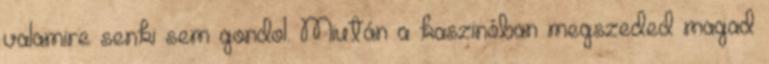
valamire senki sem gondol. Miután a kaszinóban megszeded magad